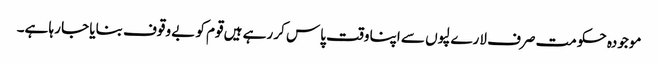
موجودہ حکومت صرف لارے لپوں سے اپنا وقت پاس کر رہے ہیں قوم کو بے وقوف بنایا جا رہا ہے۔